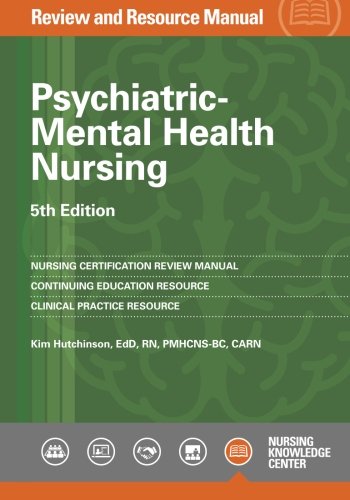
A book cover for Psychiatric-Mental Health Nursing Review and Resource Manual, 5th Edition; Kim Hutchinson; Test Preparation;